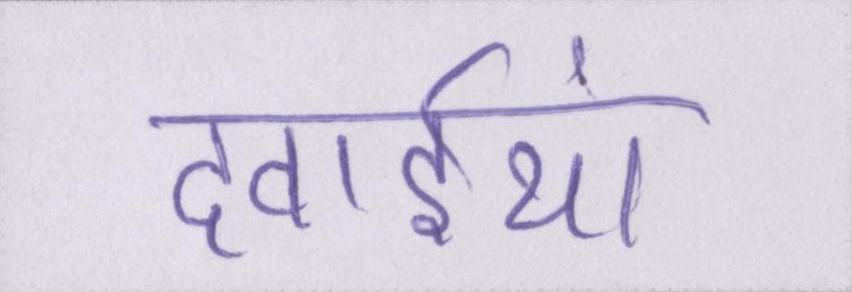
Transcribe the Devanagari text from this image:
दवाईयां